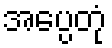
အပ္ပေတုံ